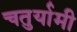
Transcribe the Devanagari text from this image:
चतुर्यामी